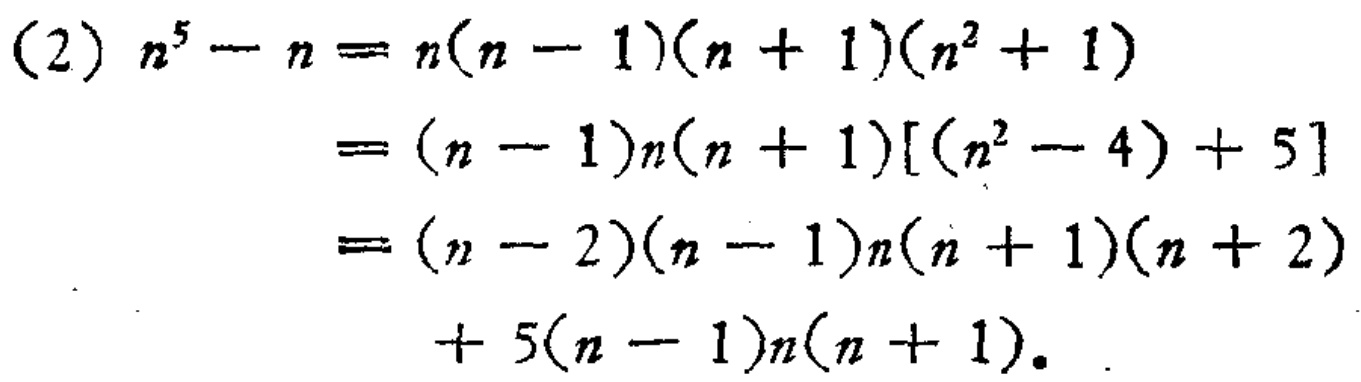
\begin{align*}

(2)\ n^{5}-n&=n(n - 1)(n + 1)(n^{2}+1)\\

&=(n - 1)n(n + 1)[(n^{2}-4)+5]\\

&=(n - 2)(n - 1)n(n + 1)(n + 2)\\

&\quad+5(n - 1)n(n + 1).

\end{align*}